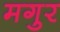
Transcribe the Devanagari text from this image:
मगुर